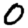
Digit: 0